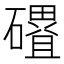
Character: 𮁓